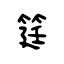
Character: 筳